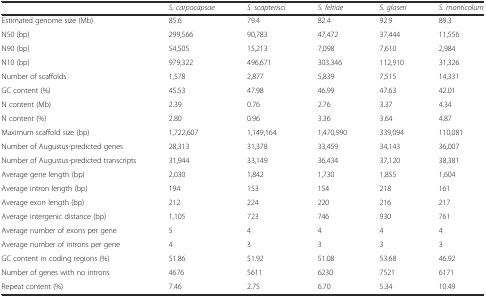
|  | S. carpocapsae | S. scapterisci | S. feltiae | S. glaseri | S. monticolum |
 | --- | --- | --- | --- | --- | --- |
 | Estimated genome size (Mb) | 85.6 | 79.4 | 82.4 | 92.9 | 89.3 |
 | N50 (bp) | 299,566 | 90,783 | 47,472 | 37,444 | 11,556 |
 | N90 (bp) | 54,505 | 15,213 | 7,098 | 7,610 | 2,984 |
 | N10 (bp) | 979,322 | 496,671 | 303,346 | 112,910 | 31,326 |
 | Number of scaffolds | 1,578 | 2,877 | 5,839 | 7,515 | 14,331 |
 | GC content (%) | 45.53 | 47.98 | 46.99 | 47.63 | 42.01 |
 | N content (Mb) | 2.39 | 0.76 | 2.76 | 3.37 | 4.34 |
 | N content (%) | 2.80 | 0.96 | 3.36 | 3.64 | 4.87 |
 | Maximum scaffold size (bp) | 1,722,607 | 1,149,164 | 1,470,990 | 339,094 | 110,081 |
 | Number of Augustus-predicted genes | 28,313 | 31,378 | 33,459 | 34,143 | 36,007 |
 | Number of Augustus-predicted transcripts | 31,944 | 33,149 | 36,434 | 37,120 | 38,381 |
 | Average gene length (bp) | 2,030 | 1,842 | 1,730 | 1,855 | 1,604 |
 | Average intron length (bp) | 194 | 153 | 154 | 218 | 161 |
 | Average exon length (bp) | 212 | 224 | 220 | 216 | 217 |
 | Average intergenic distance (bp) | 1,105 | 723 | 746 | 930 | 761 |
 | Average number of exons per gene | 5 | 4 | 4 | 4 | 4 |
 | Average number of introns per gene | 4 | 3 | 3 | 3 | 3 |
 | GC content in coding regions (%) | 51.86 | 51.92 | 51.08 | 53.68 | 46.92 |
 | Number of genes with no introns | 4676 | 5611 | 6230 | 7521 | 6171 |
 | Repeat content (%) | 7.46 | 2.75 | 6.70 | 5.34 | 10.49 |